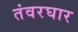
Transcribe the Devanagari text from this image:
तंवरघार